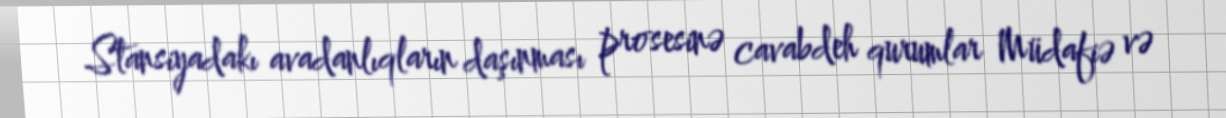
Stansiyadakı avadanlıqların daşınması prosesinə cavabdeh qurumlar Müdafiə və